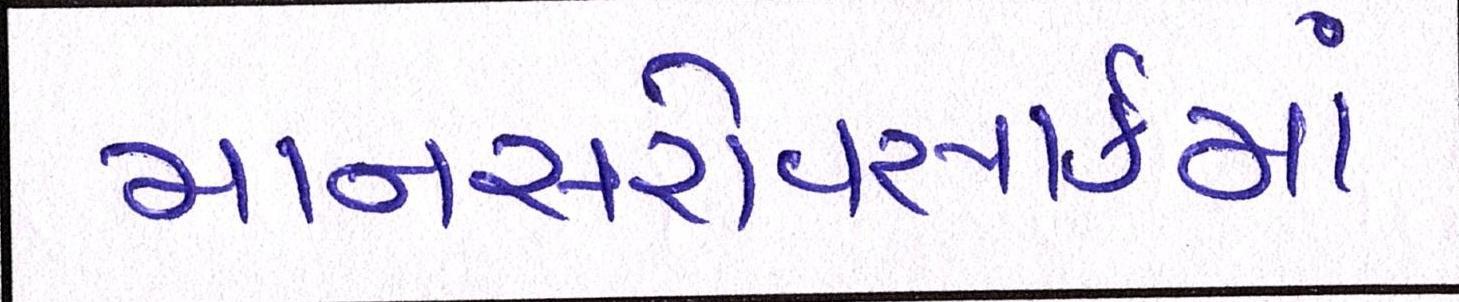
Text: માનસરોવરપાર્કમાં